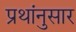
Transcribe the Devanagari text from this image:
प्रथांनुसार